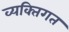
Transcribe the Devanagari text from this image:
व्यक्‍तिगत